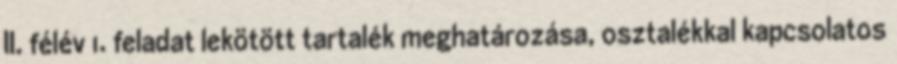
II. félév 1. feladat lekötött tartalék meghatározása, osztalékkal kapcsolatos